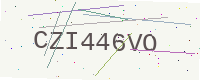
Text: CZI446VO